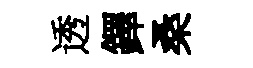
透鐸桑